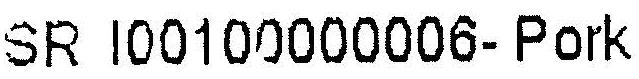
SR I00100000006- PORK